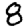
Digit: 8